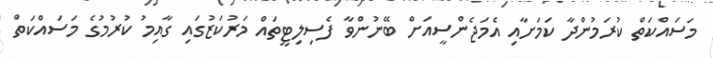
މަސައްކަތް ކުރަމުންދާ ކަމަށާއި އެމަޖެންސީއަށް ބޭނުންވާ ފެސިލިޓީތައް މަރުކަޒުގައި ގާއިމު ކުރުމުގެ މަސައްކަތް